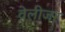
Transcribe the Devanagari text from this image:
वेलीजर